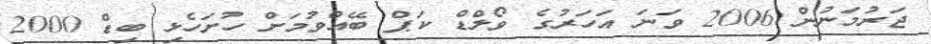
ޖަރުމަނުން 2006 ވަނަ އަހަރުގެ ވޯލްޑް ކަޕް ބޭއްވުމަށް ހުށަހެޅި ބިޑް 2000